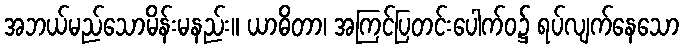
အဘယ်မည်သောမိန်းမနည်း။ ယာဓိတာ၊ အကြင်ပြတင်းပေါက်ဝ၌ ရပ်လျက်နေသော